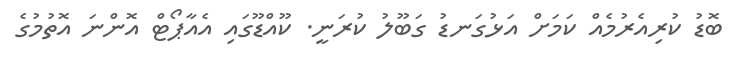
ބޮޑު ކުރިއެރުމެއް ކަމަށް އަޅުގަނޑު ގަބޫލު ކުރަނީ. ކޫއްޑޫގައި އެއާޕޯޓް އޮންނަ އޮތުމުގެ